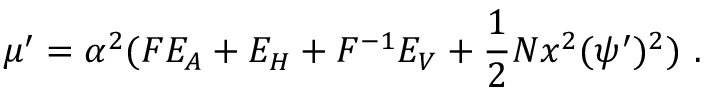
\mu ^ { \prime } = \alpha ^ { 2 } ( F E _ { A } + E _ { H } + F ^ { - 1 } E _ { V } + { \frac { 1 } { 2 } } N x ^ { 2 } ( \psi ^ { \prime } ) ^ { 2 } ) \ .